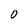
Character: O